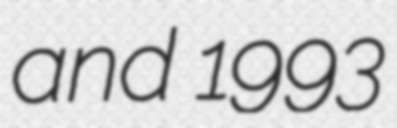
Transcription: and 1993